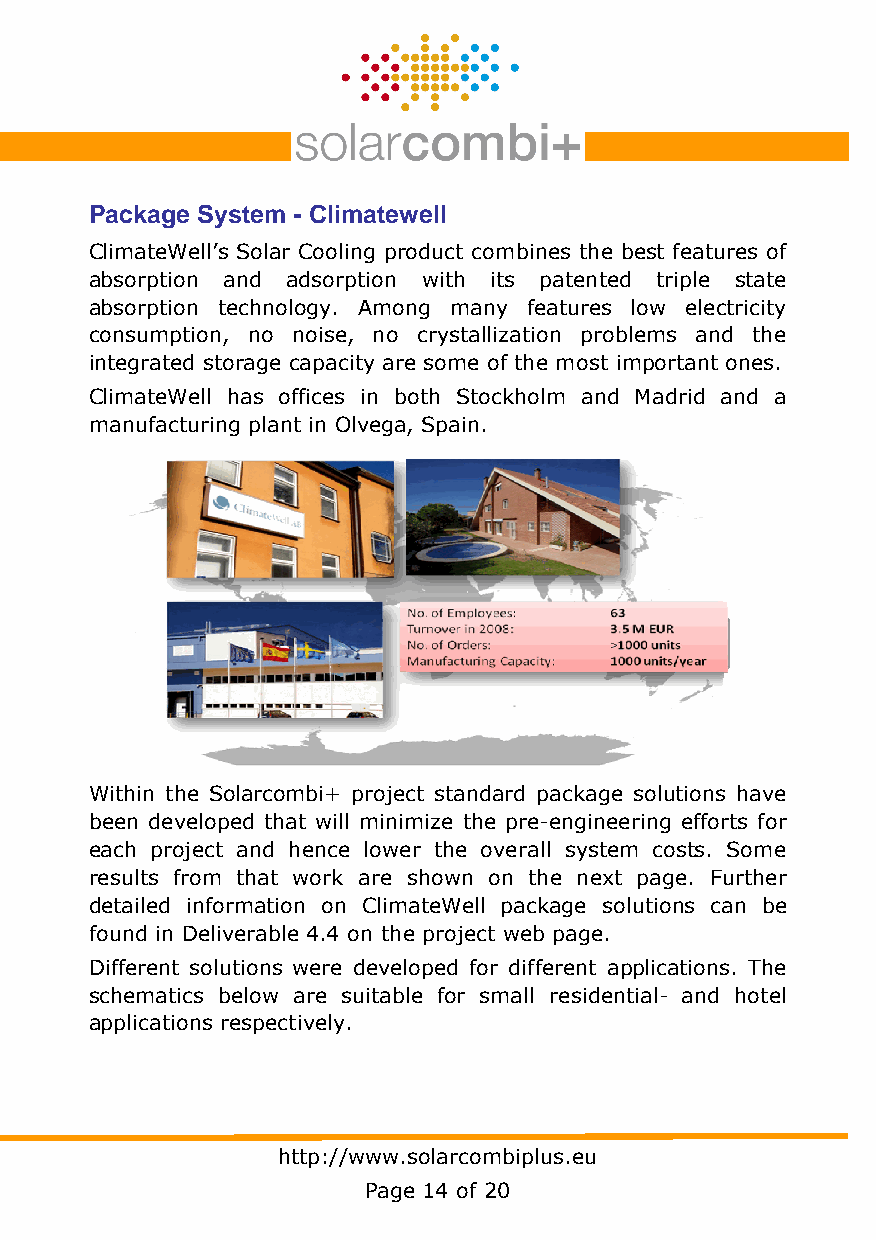
Package System - Climatewell
 ClimateWell’s Solar Cooling product combines the best features of
 absorption and adsorption with its patented triple state
 absorption technology. Among many features low electricity
 consumption, no noise, no crystallization problems and the
 integrated storage capacity are some of the most important ones.
 ClimateWell has offices in both Stockholm and Madrid and a
 manufacturing plant in Olvega, Spain.
 http://www.solarcombiplus.eu
 Page 14 of 20